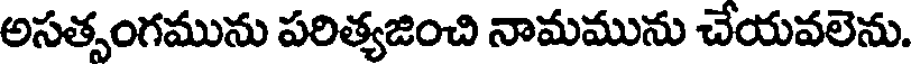
అసతృంగమును పరిత్యజించి నామమును చేయవలెను.